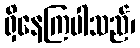
ရှိနေကြပါသည်၊